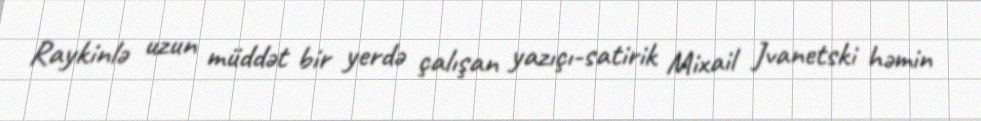
Raykinlə uzun müddət bir yerdə çalışan yazıçı-satirik Mixail Jvanetski həmin